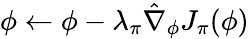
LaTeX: \phi\leftarrow\phi-{\lambda_{\pi}}{\hat{\nabla}_{\phi}}{J_{\pi}}(\phi)